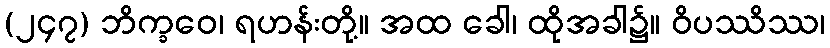
(၂၄၇) ဘိက္ခဝေ၊ ရဟန်းတို့။ အထ ခေါ၊ ထိုအခါ၌။ ဝိပဿိဿ၊